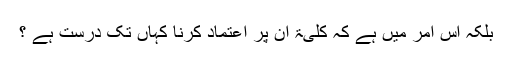
بلکہ اس امر میں ہے کہ کلیۃً ان پر اعتماد کرنا کہاں تک درست ہے ؟